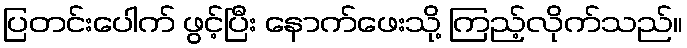
ပြတင်းပေါက် ဖွင့်ပြီး နောက်ဖေးသို့ ကြည့်လိုက်သည်။